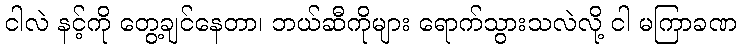
ငါလဲ နင့်ကို တွေ့ချင်နေတာ၊ ဘယ်ဆီကိုများ ရောက်သွားသလဲလို့ ငါ မကြာခဏ